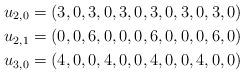
LaTeX: \begin{align*} u_{2,0} &= (3,0,3,0,3,0,3,0,3,0,3,0)\\ u_{2,1} &= (0,0,6,0,0,0,6,0,0,0,6,0)\\ u_{3,0} &= (4,0,0,4,0,0,4,0,0,4,0,0)\end{align*}